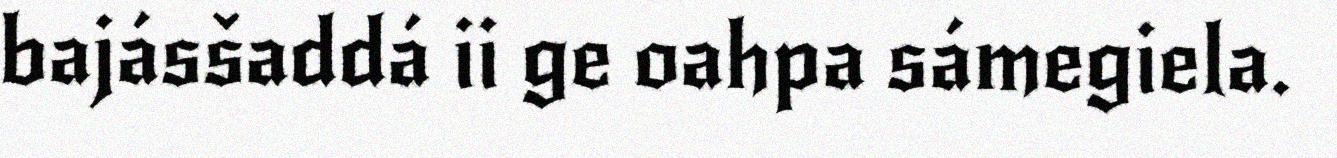
bajásšaddá ii ge oahpa sámegiela.